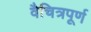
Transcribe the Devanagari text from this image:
वैचित्रपूर्ण